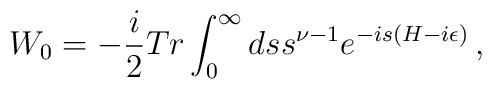
W_0=-{i\over2}Tr\int_0^\infty ds s^{\nu-1}  e^{-is(H-i\epsilon)}\,,